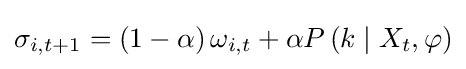
\sigma _{i,t+1}=\left(1-\alpha \right)\omega _{i,t}+\alpha P\left(k\mid X_{t},\varphi \right)